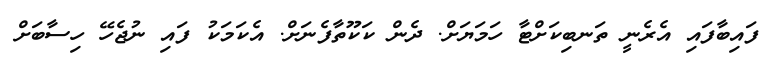
ފައިބާފައި އެރެނީ ތަނބިކަށްޓާ ހަމަޔަށް. ދެން ކަކޫތާފެނަށް. އެކަމަކު ފައި ނުޖެހޭ ހިސާބަށް